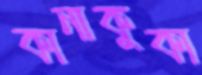
কানাকুকা